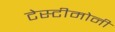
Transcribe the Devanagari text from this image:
टेस्टीमोनी